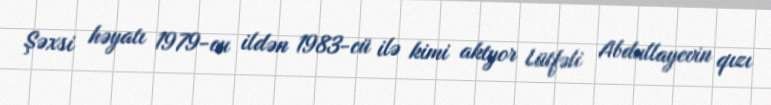
Şəxsi həyatı 1979-cu ildən 1983-cü ilə kimi aktyor Lütfəli Abdullayevin qızı